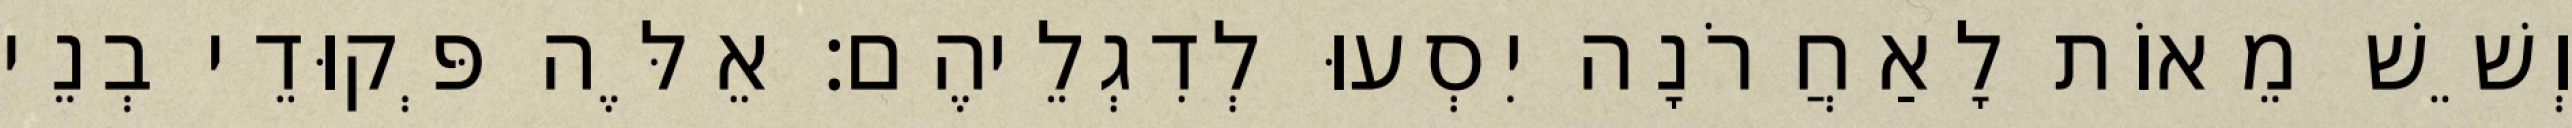
וְשֵׁשׁ מֵאוֹת לָאַחֲרֹנָה יִסְעוּ לְדִגְלֵיהֶם׃ אֵלֶּה פְּקוּדֵי בְנֵי